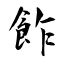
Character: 飵